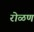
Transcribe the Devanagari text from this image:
रोळण